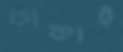
ডাকাই